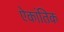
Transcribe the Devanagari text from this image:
ऐकांतिक